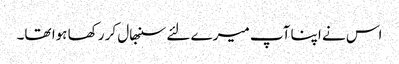
اس نے اپنا آپ میرے لئے سنبھال کر رکھا ہوا تھا۔